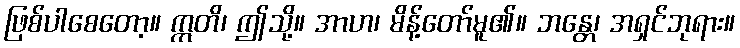
ဖြစ်ပါစေတော့။ ဣတိ၊ ဤသို့။ အာဟ၊ မိန့်တော်မူ၏။ ဘန္တေ၊ အရှင်ဘုရား။